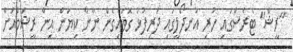
"ރީޝް" ޓެރެސްގައި ހުރި އުނދޯލީގައި ދަރިފުޅު ގޮވައިގެން ނާނާ ކިޔަން އިން ރީޝަމްއަށް